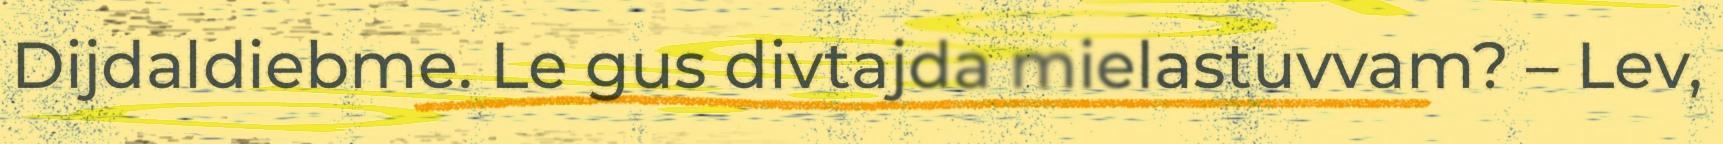
Dijdaldiebme. Le gus divtajda mielastuvvam? – Lev,